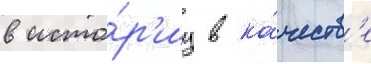
в исто́р'иу в ка́честв'е